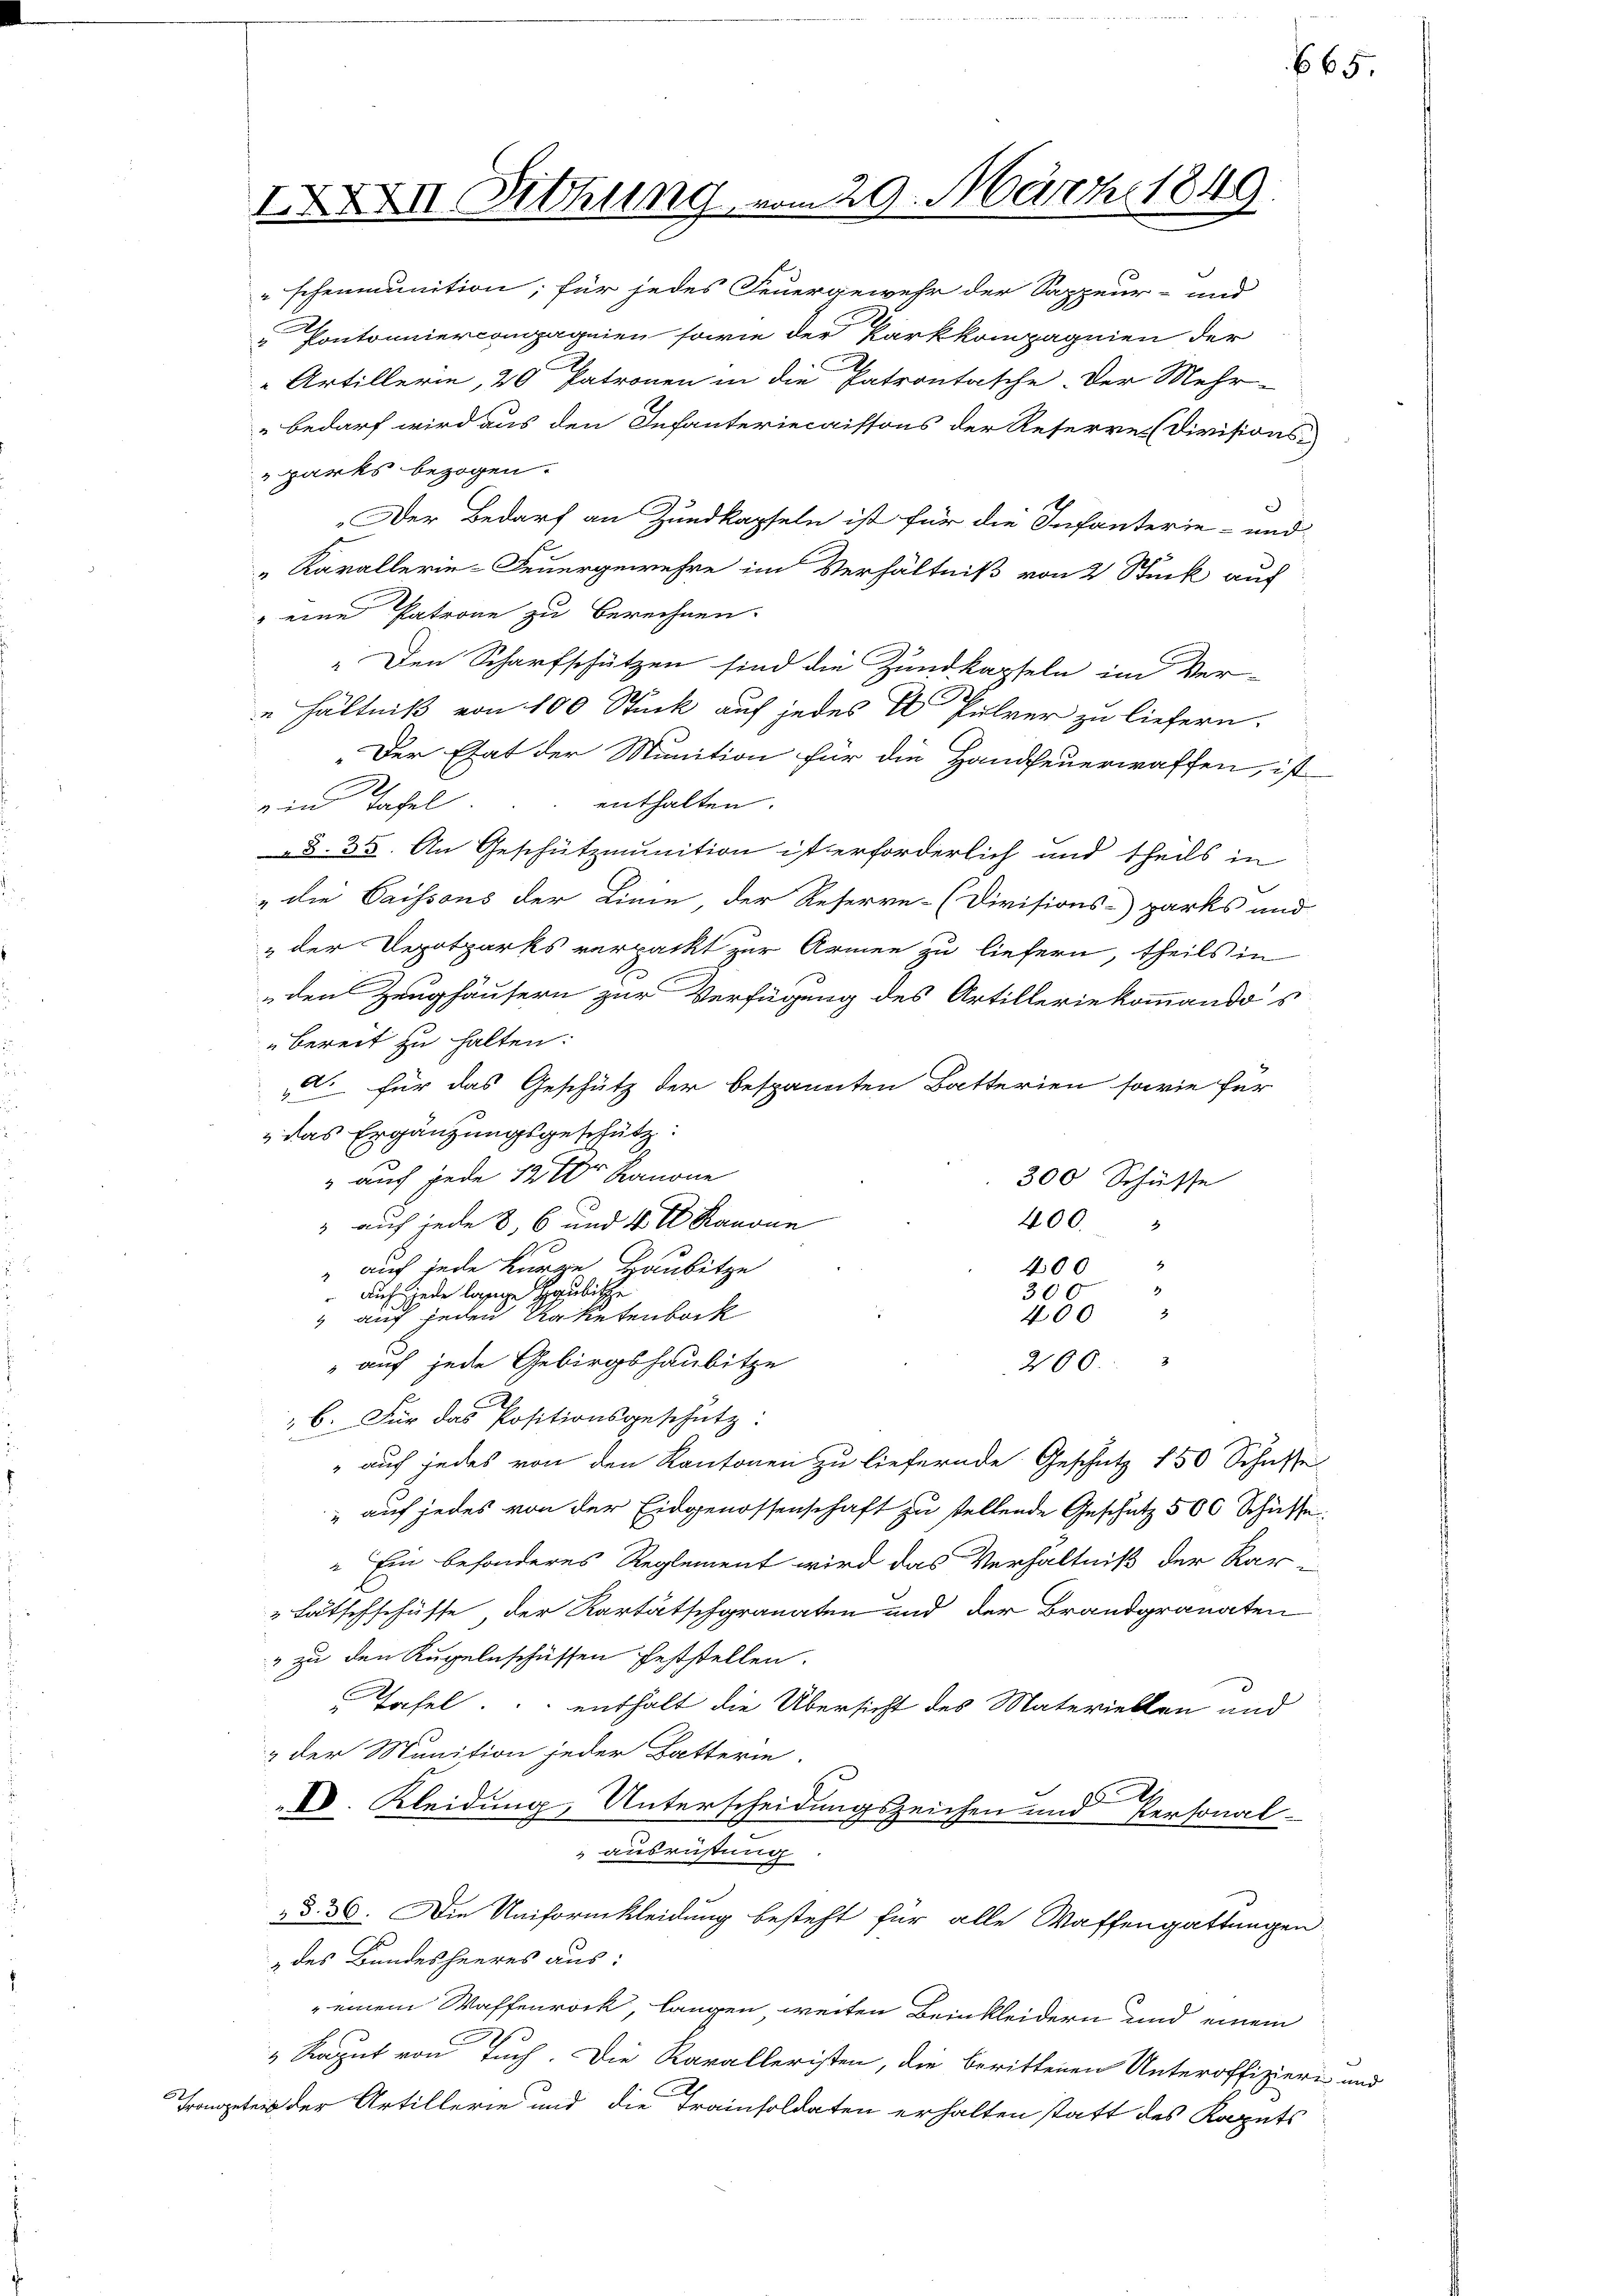
IXXXII. Setzung, u

20. März 1849.

" schenmunition; für jedes Feuergewehr der Sappeur- und
Pontonniercompagnien sowie der Parkkompagnien der
Artillerin, 20 Patronen in die Patrontasche. Der Mehr-
bedarf wird aus den Infanteriecaissons der Reserre Divisions-
parks bezogen.
e
„Der Bedarf an Zundkapseln ist für die Infanterie- und
" Karallerie-Feuergewehre im Verhältniß von 2 Stück auf
" eine Patrone zu berechnen.
„Den Scharfschützen sind die Zundkapseln im Ver-
 hältniß von 100 Stück auf jedes C. Pulver zu liefern.
„Der Etat der Munition für die Handfeuerwaffen, ist
enthalten.
ein Tafel
 §. 35. An Geschützmunition ist erforderlich und theils in
„die Saissens der Linie der Reserve-Divisions-parks und
& der Depotparks verpackt zur Armen zu liefern, theils in
den Zeughäusern zur Verfügung des Artilleriekommandos
bereit zu halten:
A. für das Geschütz der bespannten Batterien sowie für
.
 das Ergänzungsgeschütz:
" auch jede 12tr Kanone
300 Schüsse
400.
3 auf jede 8, 6 und 4 t Kanone
400 "
" auch jede kurze Baubitze

300
 Auch jede lässige Haubische
400
" auf jeden Raketenback
 auf jede Gebirgshaubitze
200.
A
" 6. Für das Positionsgeschütz:
 auch jedes von den Kantonen zu liefernde Geschütz 150 Schusse
 auf jedes von der Eidgenossenschaft zu stellende Geschütz 500 Schüsse
" Ein besonderes Reglement wird das Verhältniß der Kar
"Latschschüsse der Kartätschgranaten und der Brandgranaten
" zu den Kugelnschüssen feststellen.
Tafel. enthalt die Übersicht des Materiellen und
& der Munition jeder Batterie.
A
V. Kleidung, Unterscheidungszeichen und Personal-
ausrüstung
& d. 30. Die Uniformkleidung besteht für alle Waffengattungen
des Bundesheeres aus:
" einem Waffenrock, langen weiten Beinkleidern und einem
2
"Raput von Tuch. Die Kavalleristen, die berittenen Unteroffiziere und
Trogeteis der Artillerie und die Trainsoldaten erhalten statt des Kaputs

665.